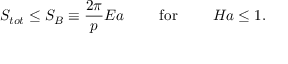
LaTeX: S _ { t o t } \leq S _ { B } \equiv { \frac { 2 \pi } { p } } E a \ \ \ \ \ \ \ \mathrm { f o r } \ \ \ \ \ \ \ H a \leq 1 .